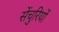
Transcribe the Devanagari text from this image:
सेंचुरियों